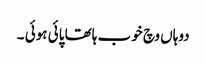
دوہاں وچ خوب ہاتھا پائی ہوئی ۔